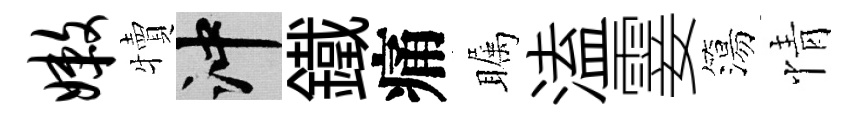
嫩犢冲鐵痛瞩溘霎簜情